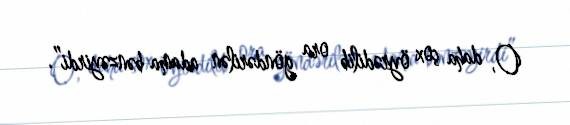
O, daha çox öyrədilib ora göndərilən adama bənzəyirdi”.